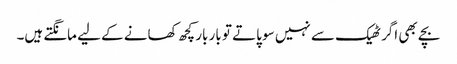
بچے بھی اگر ٹھیک سے نہیں سو پاتے تو بار بار کچھ کھانے کے لیے مانگتے ہیں۔